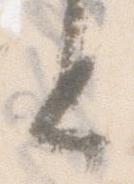
と